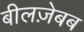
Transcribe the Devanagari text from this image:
बीलज़ेबब